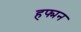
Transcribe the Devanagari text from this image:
हफ्मन